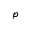
p